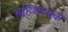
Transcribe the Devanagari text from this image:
महिशासक